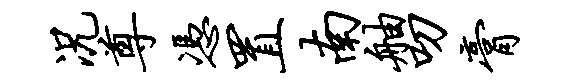
况尊凭置南舳叨膏